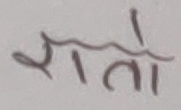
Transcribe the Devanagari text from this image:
रातो